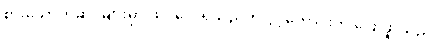
စားသောက်ဆိုင်များမှာ ထိုင်လေ့ရှိသည်ဟု ပွင့်ကောင်းက ပြောဖူးသည်။